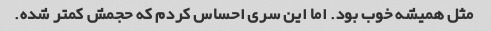
مثل همیشه خوب بود. اما این سری احساس کردم که حجمش کمتر شده.